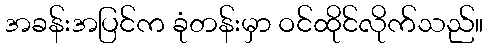
အခန်းအပြင်က ခုံတန်းမှာ ဝင်ထိုင်လိုက်သည်။